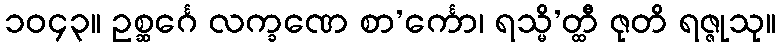
၁၀၄၃။ ဥစ္ဆင်္ဂေ လက္ခဏေ စာ’င်္ကော၊ ရသ္မိ’တ္ထီ ဇုတိ ရဇ္ဇုသု။